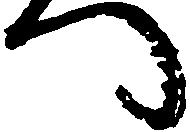
へ